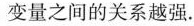
变量之间的关系越强。